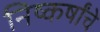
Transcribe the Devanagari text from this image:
निष्कर्षांचे